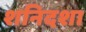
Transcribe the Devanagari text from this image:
शनिदशा